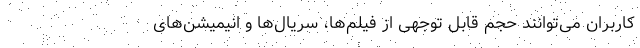
کاربران می‌توانند حجم قابل توجهی از فیلم‌ها، سریال‌ها و انیمیشن‌های